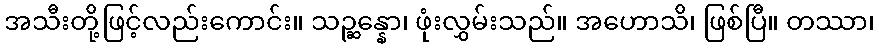
အသီးတို့ဖြင့်လည်းကောင်း။ သဉ္ဆန္နော၊ ဖုံးလွှမ်းသည်။ အဟောသိ၊ ဖြစ်ပြီ။ တဿာ၊